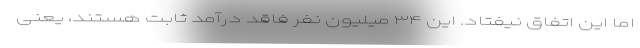
اما این اتفاق نیفتاد. این ۳۴ میلیون نفر فاقد درآمد ثابت هستند، یعنی